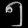
Digit: ၅